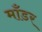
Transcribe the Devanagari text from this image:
माँडर